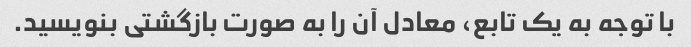
با توجه به یک تابع، معادل آن را به صورت بازگشتی بنویسید.